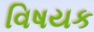
વિષયક